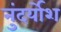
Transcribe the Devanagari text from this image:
नुंदर्योश